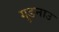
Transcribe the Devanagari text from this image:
गुडनाउ